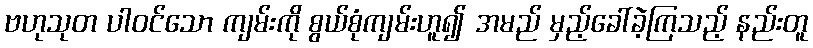
ဗဟုသုတ ပါဝင်သော ကျမ်းကို စွယ်စုံကျမ်းဟူ၍ အမည် မှည့်ခေါ်ခဲ့ကြသည့် နည်းတူ